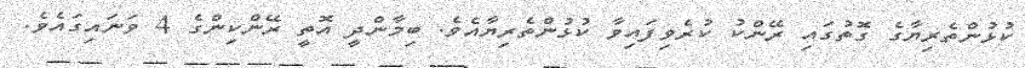
ކުޅުންތެރިޔާގެ ގޮތުގައި ރޭންކު ކުރެވިފައިވާ ކުޅުންތެރިޔާއެވެ. ބިމާންދީ އޮތީ ރޭންކިންގެ 4 ވަނައިގައެވެ.